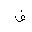
Letter: _fa